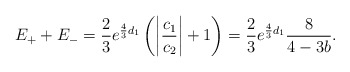
\begin{align*} E_+ + E_- = \frac{2}{3}e^{\frac{4}{3}d_1} \left(\left|\frac{c_1}{c_2}\right|+1\right) = \frac{2}{3}e^{\frac{4}{3}d_1} \frac{8}{4 - 3b} .\end{align*}